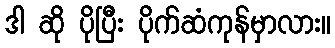
ဒါ ဆို ပိုပြီး ပိုက်ဆံကုန်မှာလား။